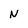
Character: N